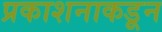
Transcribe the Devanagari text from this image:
प्रकाशनाकडून